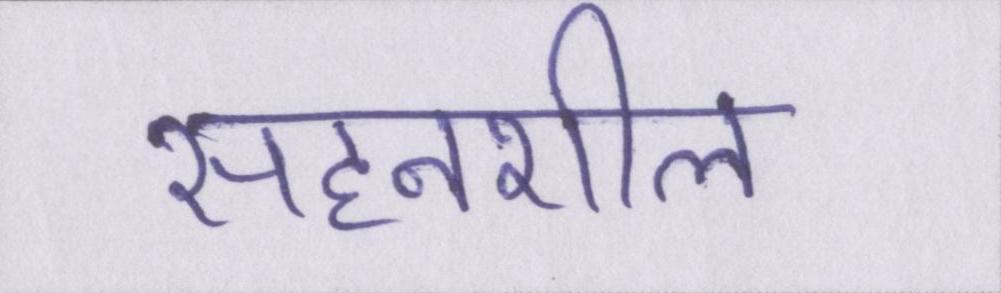
सहनशील